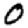
Digit: 0